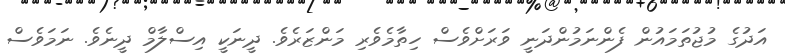
އަދުގެ މުޖުތަމައުން ފެންނަމުންދަނީ ވަރަށްވެސް ހިތާމެވެރި މަންޒަރެވެ. ދީނަކީ އިސްލާމް ދީނެވެ. ނަމަވެސް